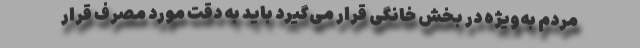
مردم به‌ویژه در بخش خانگی قرار می‌گیرد باید به دقت مورد مصرف قرار